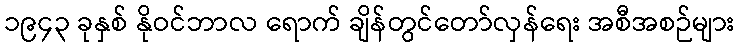
၁၉၄၃ ခုနှစ် နိုဝင်ဘာလ ရောက် ချိန်တွင်တော်လှန်ရေး အစီအစဉ်များ